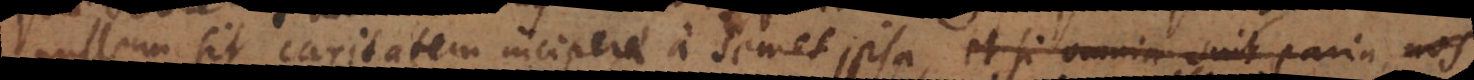
nullum sit caritatem incipere a semet ipsa, et si omnia sint paria, nos